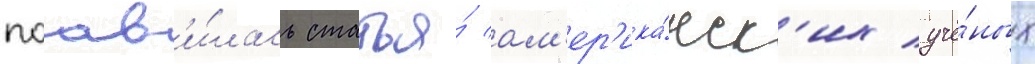
поав'и́лась статья́ ам'ер'ика́нск'их учё́ных